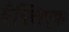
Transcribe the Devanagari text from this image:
वैक्लिएफ